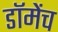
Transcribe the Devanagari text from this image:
डॉमेंच